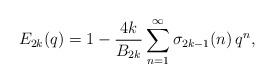
LaTeX: \begin{align*}E_{2k}(q) = 1 - \frac{4k}{B_{2k}} \sum_{n=1}^\infty \sigma_{2k-1}(n) \, q^n,\end{align*}